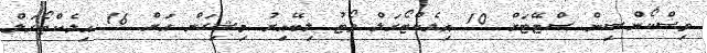
ވިސްކޯންސިން ސްޓޭޓަށް 10 އިލެކްޓޯރަލް ވޯޓު ލިބޭއިރު މިޝިގަން އަށް 16 އިލެކްޓޯރަލް